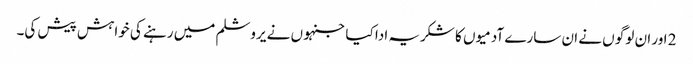
2 اور ان لوگو ں نے ان سارے آدمیو ں کا شکریہ ادا کیا جنہو ں نے یروشلم میں رہنے کی خواہش پیش کی۔